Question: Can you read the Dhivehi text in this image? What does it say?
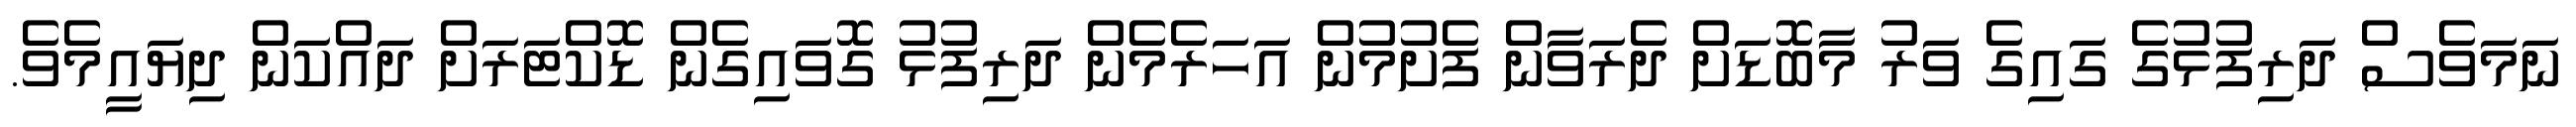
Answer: ނަމަވެސް ދަރިފުޅުގެ ގައިގެ ވަރު މާބޮޑަށް ދެރަވާން ފެށުމުން އަހަރެމެން ދަރިފުޅު ގޮވައިގެން ޑޮކްޓަރަށް ދައްކަން ދިޔައީމެވެ.